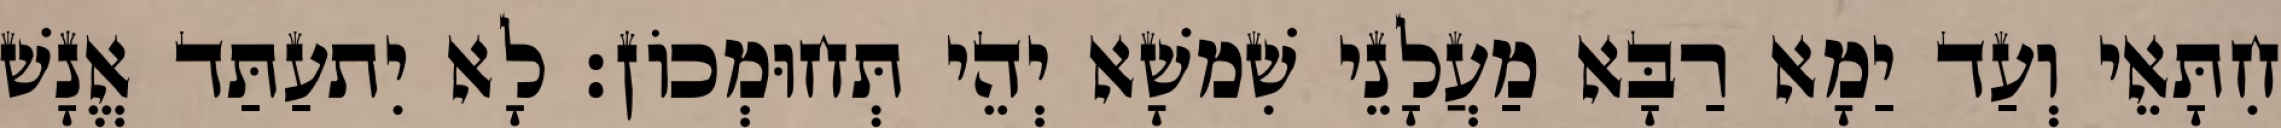
חִתָּאֵי וְעַד יַמָא רַבָּא מַעֲלָנֵי שִׁמשָׁא יְהֵי תְּחוּמְכוֹן׃ לָא יִתעַתַּד אֱנָשׁ